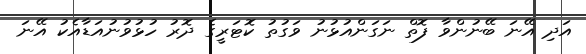
އަދި އޭނަ ބޭނުންވާ ފޮތް ނަގަންއުޅުނު ވަގުތު ކޮޓަރީގެ ދޮރު ހުޅުވުނުއަޑާއެކު އޭނަ